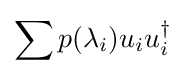
\sum p(\lambda _{i})u_{i}u_{i}^{\dagger }